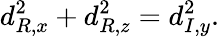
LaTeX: d_{R,x}^{2}+d_{R,z}^{2}=d_{I,y}^{2}.